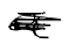
Text: a
Cross-out: scratch
Writing tool: digital_black